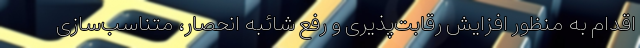
اقدام به منظور افزایش رقابت‌پذیری و رفع شائبه انحصار، متناسب‌سازی